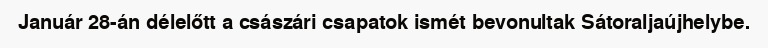
Január 28-án délelőtt a császári csapatok ismét bevonultak Sátoraljaújhelybe.